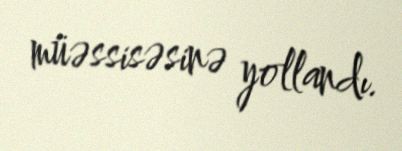
müəssisəsinə yollandı.